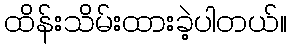
ထိန်းသိမ်းထားခဲ့ပါတယ်။